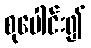
စုပေါင်း၍